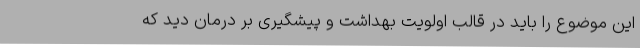
این موضوع را باید در قالب اولویت بهداشت و پیشگیری بر درمان دید که